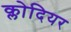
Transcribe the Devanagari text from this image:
क्लोदियर